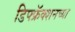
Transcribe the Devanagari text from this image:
डिफ्फ्रॅक्शनच्या